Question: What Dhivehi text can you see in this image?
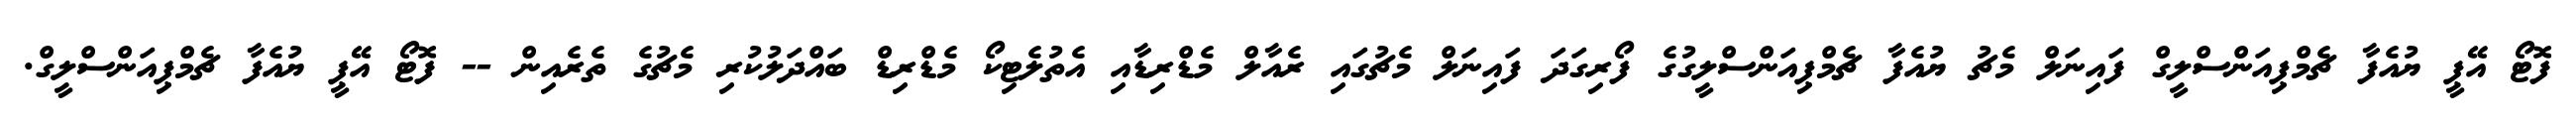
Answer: ފޮޓޯ އޭޕީ ޔުއެފާ ޗެމްޕިއަންސްލީގް ފައިނަލް މެޗު ޔުއެފާ ޗެމްޕިއަންސްލީގުގެ ފޯރިގަދަ ފައިނަލް މެޗުގައި ރެއާލް މެޑްރިޑާއި އެތުލެޓިކޯ މެޑްރިޑް ބައްދަލުކުރި މެޗުގެ ތެރެއިން -- ފޮޓޯ އޭޕީ ޔުއެފާ ޗެމްޕިއަންސްލީގް.